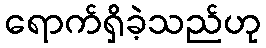
ရောက်ရှိခဲ့သည်ဟု